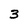
Character: 3